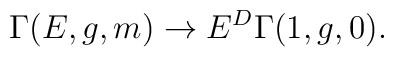
\Gamma (E,g,m)\rightarrow E^{D}\Gamma (1,g,0).